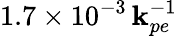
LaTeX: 1.7\times10^{-3}\, \mathbf{k}_{pe}^{-1}